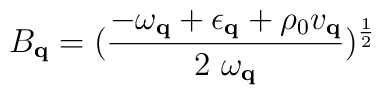
B_{ {\bf{q}} } = (\frac{ -\omega_{ {\bf{q}} } + \epsilon_{ {\bf{q}} }+ \rho_{0}v_{ {\bf{q}} } }{2 \mbox{ }\omega_{ {\bf{q}} } })^{\frac{1}{2}}